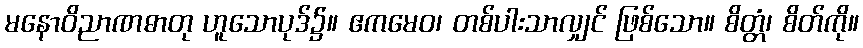
မနောဝိညာဏဓာတု ဟူသောပုဒ်၌။ ဧကမေဝ၊ တစ်ပါးသာလျှင် ဖြစ်သော။ စိတ္တံ၊ စိတ်ကို။